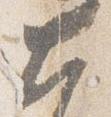
大